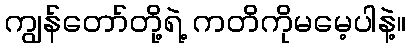
ကျွန်တော်တို့ရဲ့ ကတိကိုမမေ့ပါနဲ့။